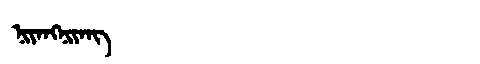
Manchu: ᠨᡳᠶᠠᠩᠨᡳᠶᠠᠩ
Romanization: NIYANGNIYANG